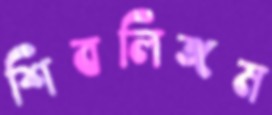
শিবলিঙ্গম